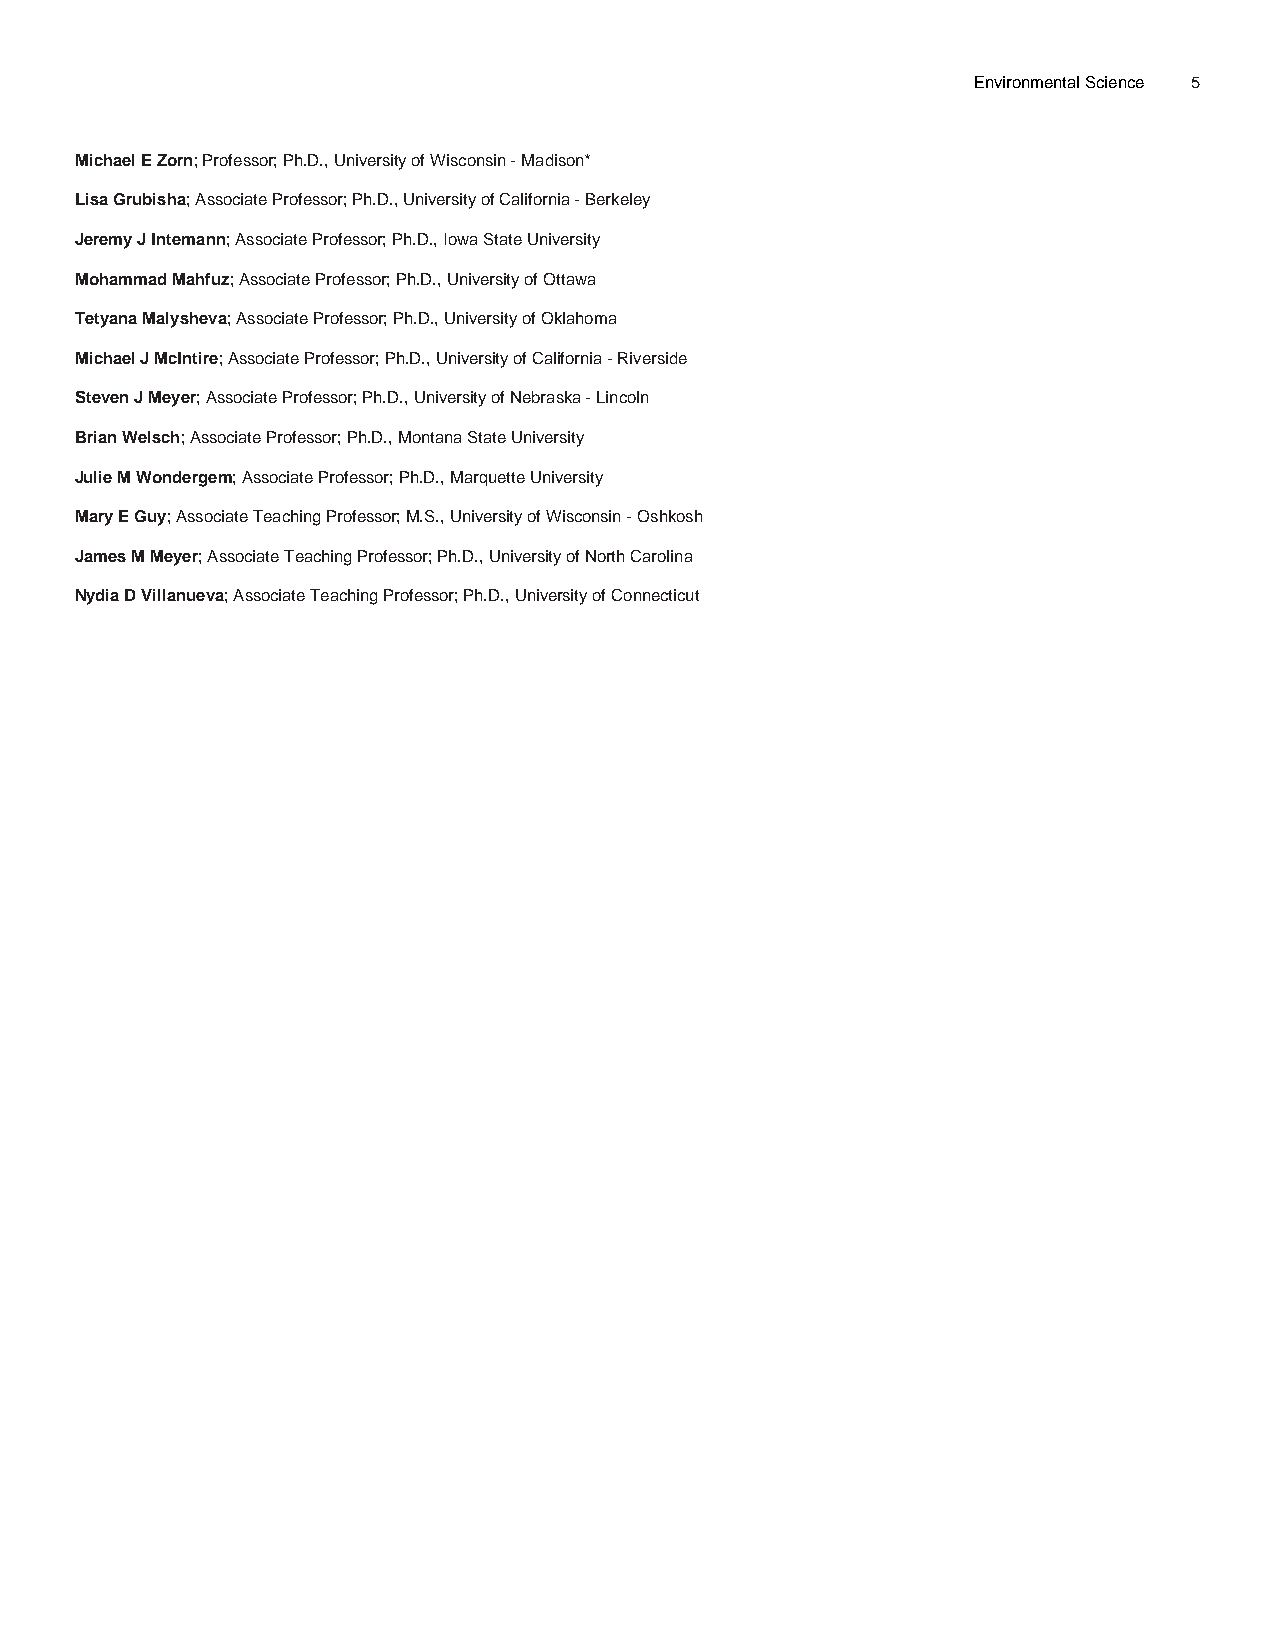
Environmental Science 5
 Michael E Zorn; Professor; Ph.D., University of Wisconsin - Madison*
 Lisa Grubisha; Associate Professor; Ph.D., University of California - Berkeley
 Jeremy J Intemann; Associate Professor; Ph.D., Iowa State University
 Mohammad Mahfuz; Associate Professor; Ph.D., University of Ottawa
 Tetyana Malysheva; Associate Professor; Ph.D., University of Oklahoma
 Michael J McIntire; Associate Professor; Ph.D., University of California - Riverside
 Steven J Meyer; Associate Professor; Ph.D., University of Nebraska - Lincoln
 Brian Welsch; Associate Professor; Ph.D., Montana State University
 Julie M Wondergem; Associate Professor; Ph.D., Marquette University
 Mary E Guy; Associate Teaching Professor; M.S., University of Wisconsin - Oshkosh
 James M Meyer; Associate Teaching Professor; Ph.D., University of North Carolina
 Nydia D Villanueva; Associate Teaching Professor; Ph.D., University of Connecticut